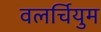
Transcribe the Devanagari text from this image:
वलर्चियुम